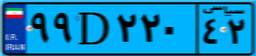
۰۳D۷۵۶۰۹